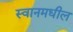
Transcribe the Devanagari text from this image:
स्वानमधील